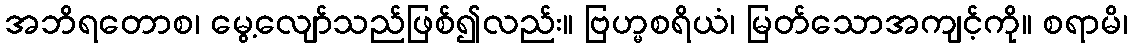
အဘိရတောစ၊ မွေ့လျော်သည်ဖြစ်၍လည်း။ ဗြဟ္မစရိယံ၊ မြတ်သောအကျင့်ကို။ စရာမိ၊